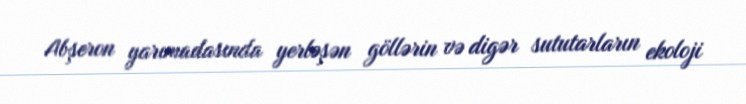
Abşeron yarımadasında yerləşən göllərin və digər sututarların ekoloji